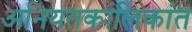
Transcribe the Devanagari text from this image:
अनियतकालिकांत